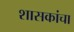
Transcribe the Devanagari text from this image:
शासकांचा